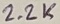
Text: 2.2K